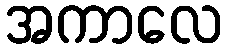
အကာလေ